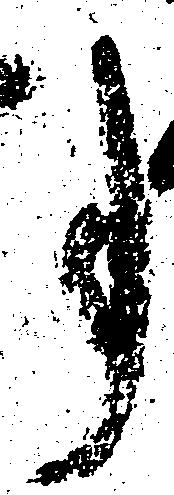
事